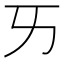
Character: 𠀅